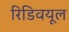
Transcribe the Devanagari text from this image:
रिडिवयूल